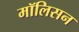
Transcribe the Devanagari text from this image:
मॉलिसन